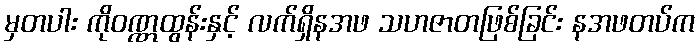
မှတပါး ကိုဝဏ္ဏထွန်းနှင့် လက်ရှိနအဖ သဟဇာတဖြစ်ခြင်း နအဖတပ်က